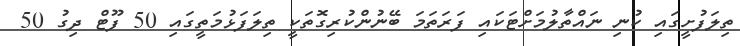
ތިލަފުށީގައި ކުނި ނައްތާލުމަށްޓަކައި ފަރަތަމަ ބޭނުންކުރިގޮތަކީ ތިލަފަޅުމަތީގައި 50 ފޫޓް ދިގު 50